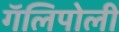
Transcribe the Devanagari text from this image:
गॅलिपोली